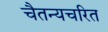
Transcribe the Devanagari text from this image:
चैतन्यचरित